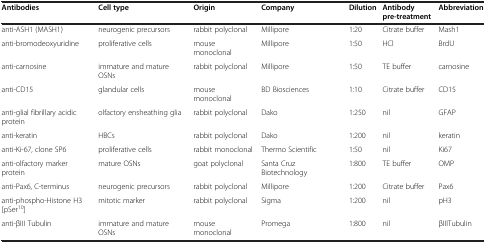
| Antibodies | Cell type | Origin | Company | Dilution | Antibody pre-treatment | Abbreviation |
 | --- | --- | --- | --- | --- | --- | --- |
 | anti-ASH1 (MASH1) | neurogenic precursors | rabbit polyclonal | Millipore | 1:20 | Citrate buffer | Mash1 |
 | anti-bromodeoxyuridine | proliferative cells | mouse monoclonal | Millipore | 1:50 | HCl | BrdU |
 | anti-carnosine | immature and mature OSNs | rabbit polyclonal | Millipore | 1:50 | TE buffer | carnosine |
 | anti-CD15 | glandular cells | mouse monoclonal | BD Biosciences | 1:10 | Citrate buffer | CD15 |
 | anti-glial fibrillary acidic protein | olfactory ensheathing glia | rabbit polyclonal | Dako | 1:250 | nil | GFAP |
 | anti-keratin | HBCs | rabbit polyclonal | Dako | 1:200 | nil | keratin |
 | anti-Ki-67, clone SP6 | proliferative cells | rabbit monoclonal | Thermo Scientific | 1:50 | nil | Ki67 |
 | anti-olfactory marker protein | mature OSNs | goat polyclonal | Santa Cruz Biotechnology | 1:800 | TE buffer | OMP |
 | anti-Pax6, C-terminus | neurogenic precursors | rabbit polyclonal | Millipore | 1:200 | Citrate buffer | Pax6 |
 | anti-phospho-Histone H3 [pSer10] | mitotic marker | rabbit polyclonal | Sigma | 1:200 | nil | pH3 |
 | anti-βIII Tubulin | immature and mature OSNs | mouse monoclonal | Promega | 1:800 | nil | βIIITubulin |